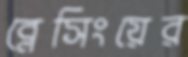
ব্লেসিংয়ের